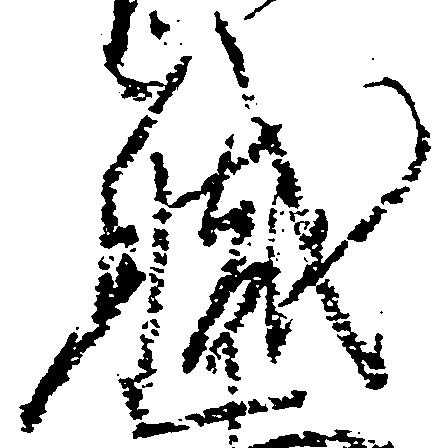
職